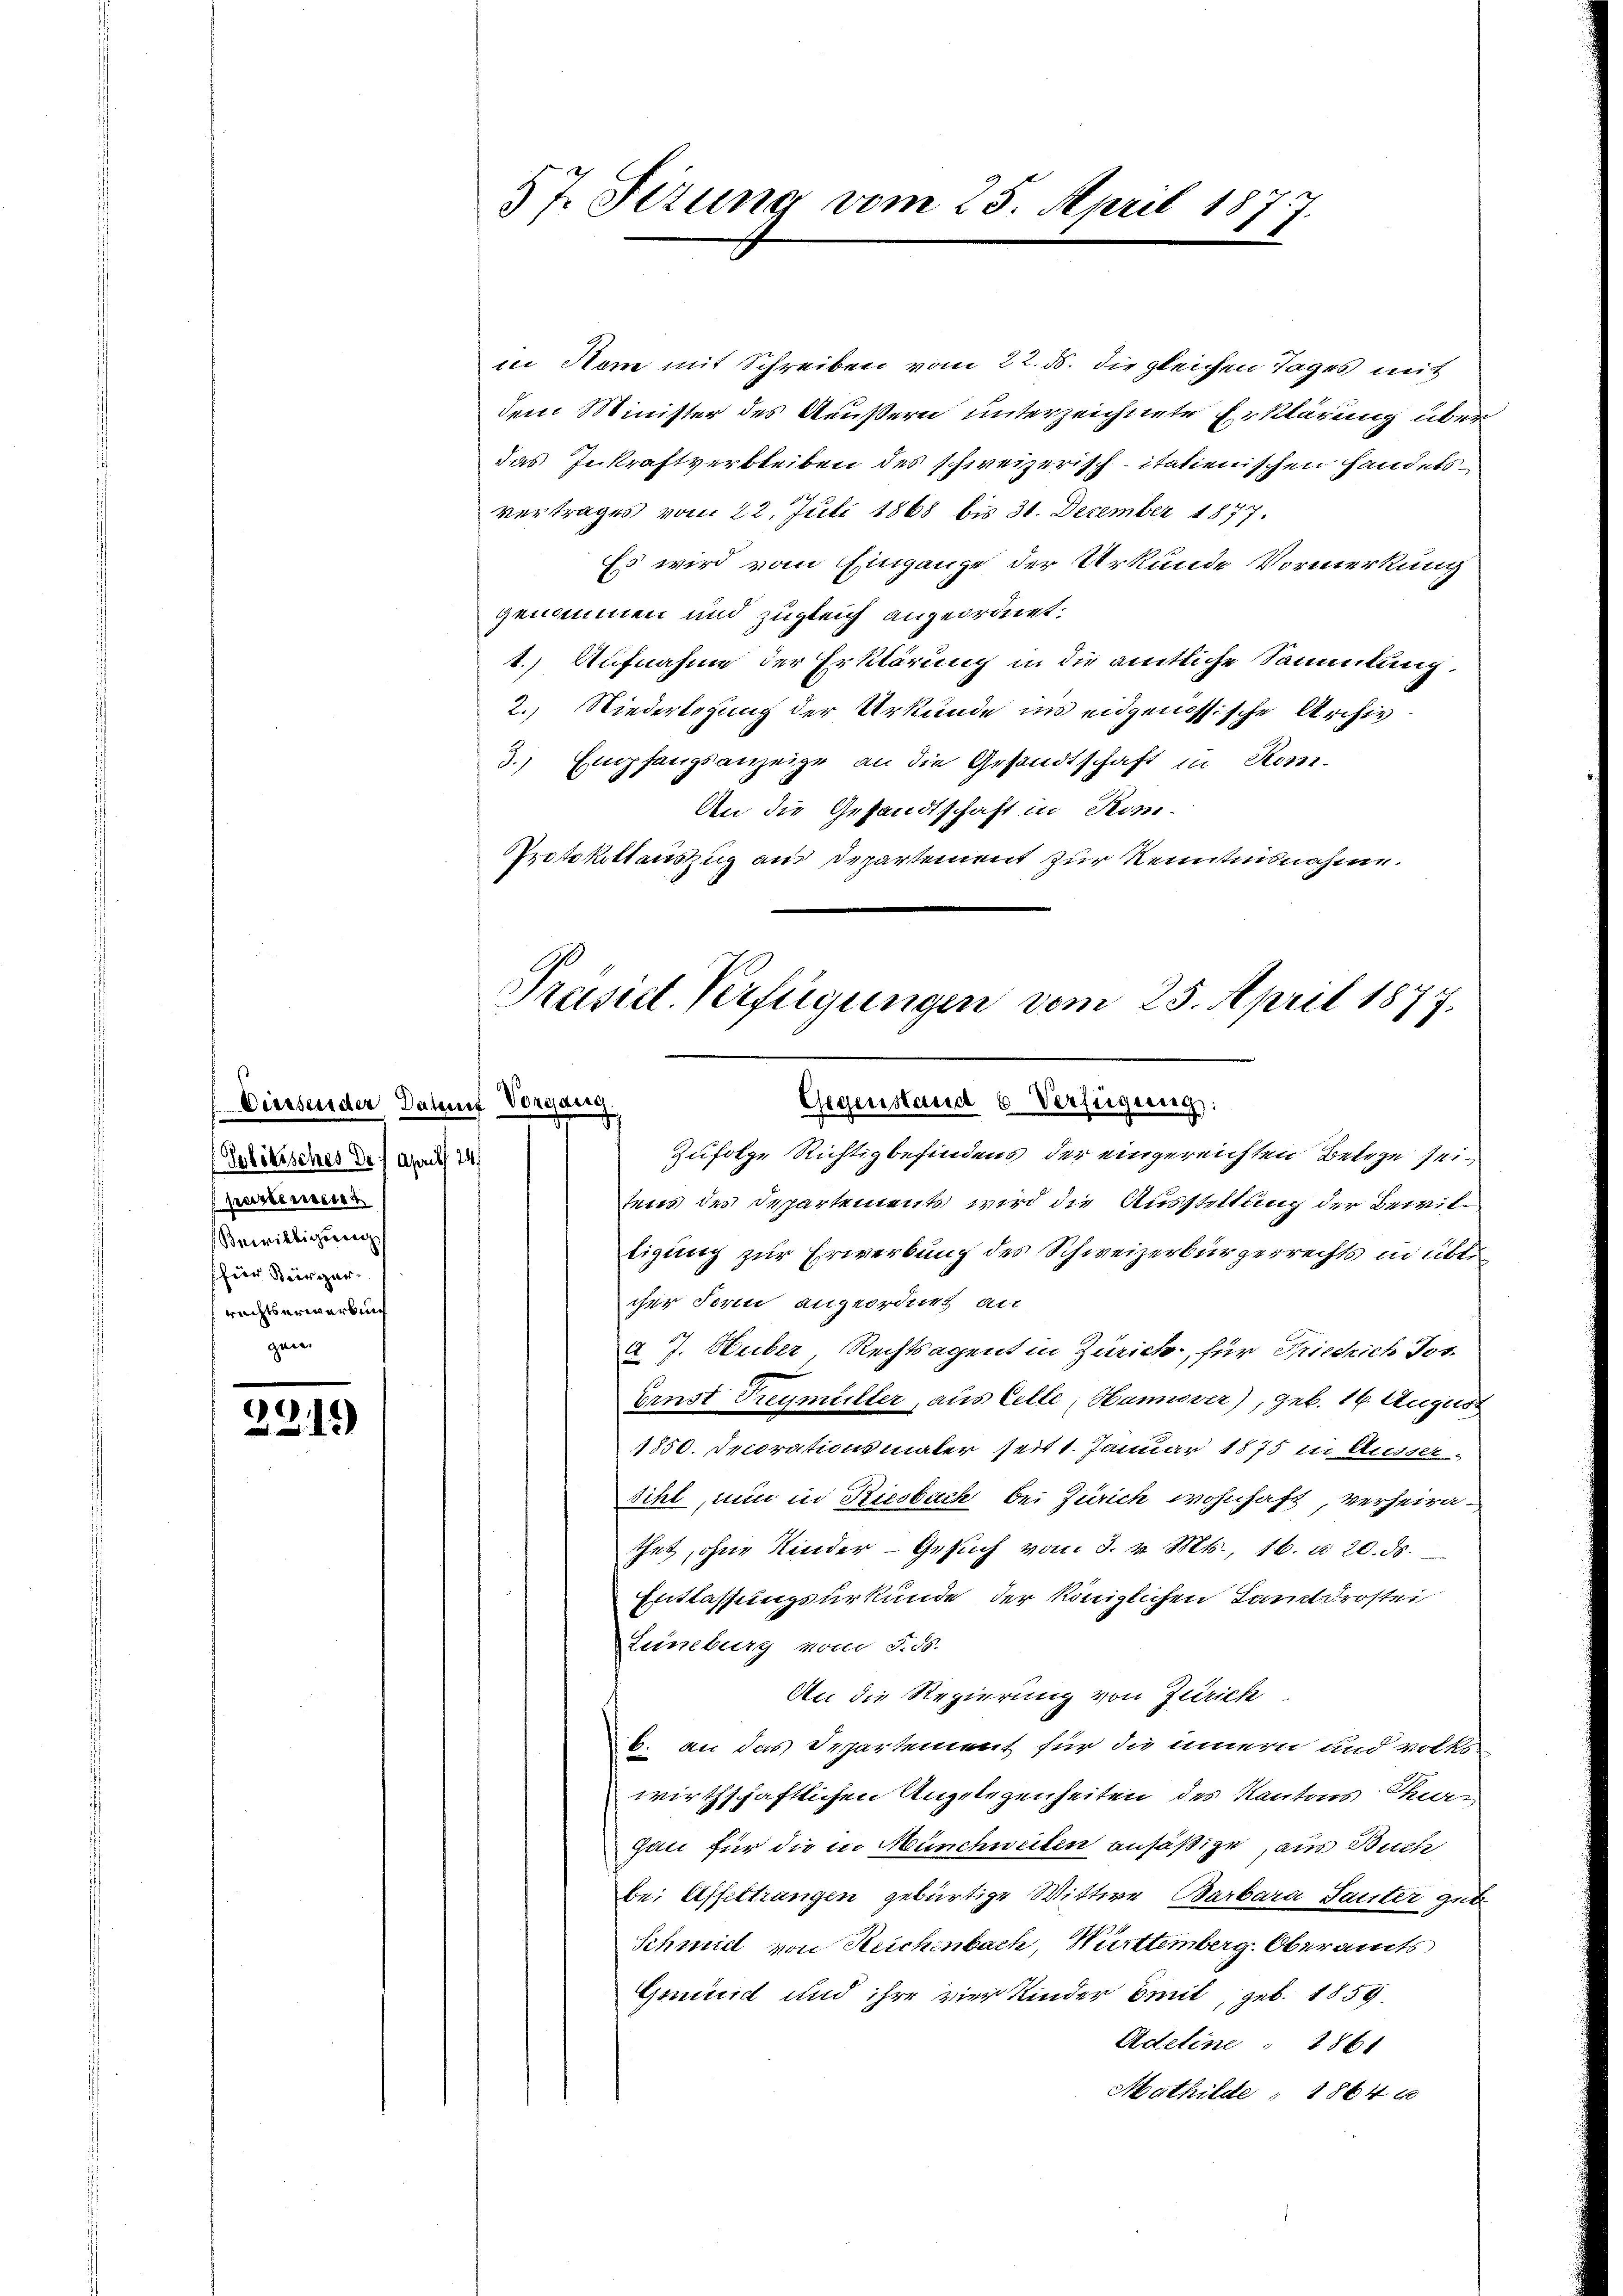
Diessenden Darauf Vorgang
Politisches Dr. Aprill 147
partement
Bewilligerreg
für Bergerrechtserwerben

2219)

57. Sizung vom 25. April 187
7

in Name mit Schreiben vom 22. ds. die gleichen Tages mit
dem Minister des Aeußern unterzeichnete Erklärung über
das Inkraftverbleiben des schweizerisch-itationischen Handelsvertrages vom 22. Juli 1868 bis 31. December 1877.
Es wird vom Eingange der Urkunde Vormerkung
genommen und zugleich angeordnet.
1.) Aufnahme der Erklärung in die amtliche Sammlung
2.) Niederlegung der Urkunde ins eidgenössische Archiv
3. Empfangsanzeige an die Gesandtschaft in Kom-
An die Gesandtschaft in Kom-
Protkittauszzug aus Departement zur Kenntnisnahme.
Zufolge Richtigbefindens der eingereichten Belege seitens der Departements wird die Ausstellung der Bewiltigung zur Erwerbung des Schweizerbürgerrechts in üblicher Form angeordnet an
A. J. Huber, Rechtsagent in Zürich, für Friedrich Jos.
Ernst Treymüller, aus Celle, Hannover), geb. 16. August
1550. Decorationsmaler seit 1. Januar 1875 in Ausser
sihl, nun in Riesbach bei Zürich wohnhaft, verheirathet, ohne Kinder - Gesuch von 3. v. Mts., 16. d. 20. 55
Entlassungsurkunde der Königlichen Landrostei
Leineburg vom 5. ds.
An die Regierung von Zürich
b. an das Departement für die innern und volks-
wirthschaftlichen Angelegenheiten des Kantons Tar,
gan für die in Münchweiten ansäßige, aus Sache
bei Affeltrangen gebürtige Wittwe Barbara Sauter gut
Schmid von Reichenbach, Württemberg. Oberamts
Grund und ihre vier Kinder Emil, geb. 1859.
Adeline 1861
Mathilde 1864 x

Präsid. Verfügungen vom 25. April 1877.
Gegenstand 6 Verfügung: